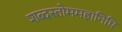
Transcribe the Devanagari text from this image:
शब्दस्तोममहानिधि